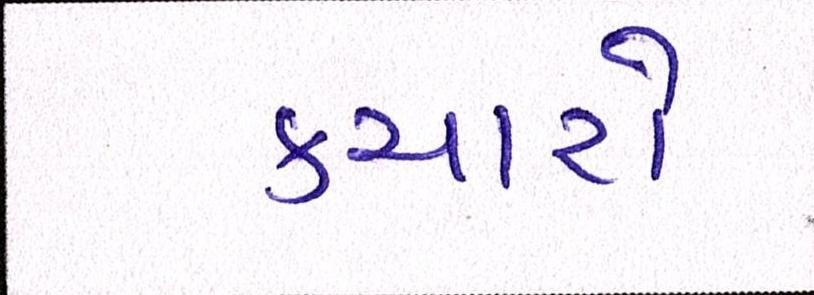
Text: કચારો